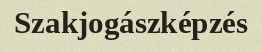
Szakjogászképzés